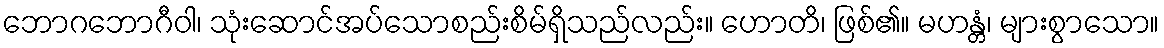
ဘောဂဘောဂီဝါ၊ သုံးဆောင်အပ်သောစည်းစိမ်ရှိသည်လည်း။ ဟောတိ၊ ဖြစ်၏။ မဟန္တံ၊ များစွာသော။